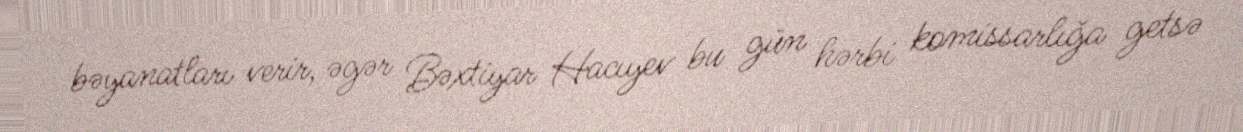
bəyanatları verir, əgər Bəxtiyar Hacıyev bu gün hərbi komissarlığa getsə